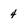
Character: 4